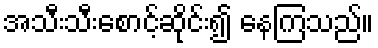
အသီးသီးစောင့်ဆိုင်း၍ နေကြသည်။